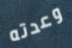
وعدته